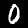
Label: 0